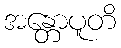
အန္တောပူတိ